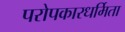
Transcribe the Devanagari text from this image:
परोपकारधर्मिता